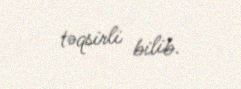
təqsirli bilib.